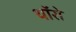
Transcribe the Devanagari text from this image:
थॉरो